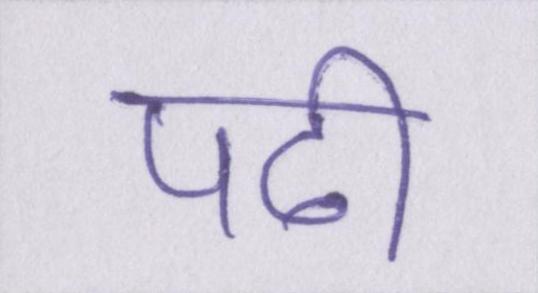
पढी